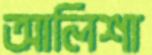
আলিশা